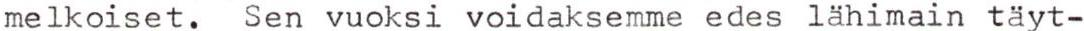
melkoiset. Sen vuoksi voidaksemme edes lähimain täyt-